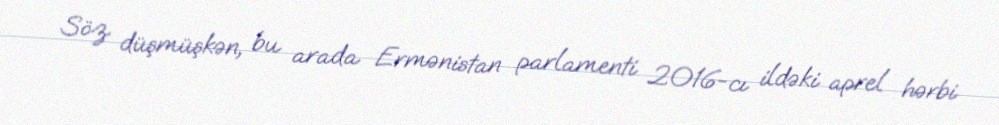
Söz düşmüşkən, bu arada Ermənistan parlamenti 2016-cı ildəki aprel hərbi